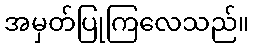
အမှတ်ပြုကြလေသည်။